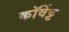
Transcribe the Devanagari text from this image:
कॉर्वेट्ट